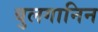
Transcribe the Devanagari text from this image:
बुलगानिन